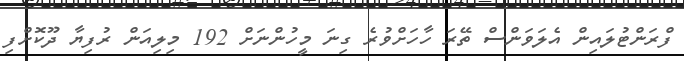
ފްރަންޓުލައިން އެލަވަންސް ތޭރަ ހާހަށްވުރެ ގިނަ މީހުންނަށް 192 މިލިއަން ރުފިޔާ ދޫކޮށްފި